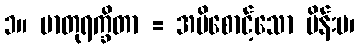
၁။ မာတုရက္ခိတာ = အမိစောင့်သော မိန်းမ၊